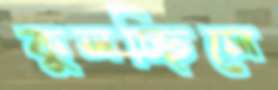
কুলচ্ছিলে